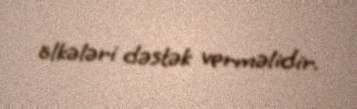
ölkələri dəstək verməlidir.